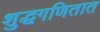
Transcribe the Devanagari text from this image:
शुद्धगणितात